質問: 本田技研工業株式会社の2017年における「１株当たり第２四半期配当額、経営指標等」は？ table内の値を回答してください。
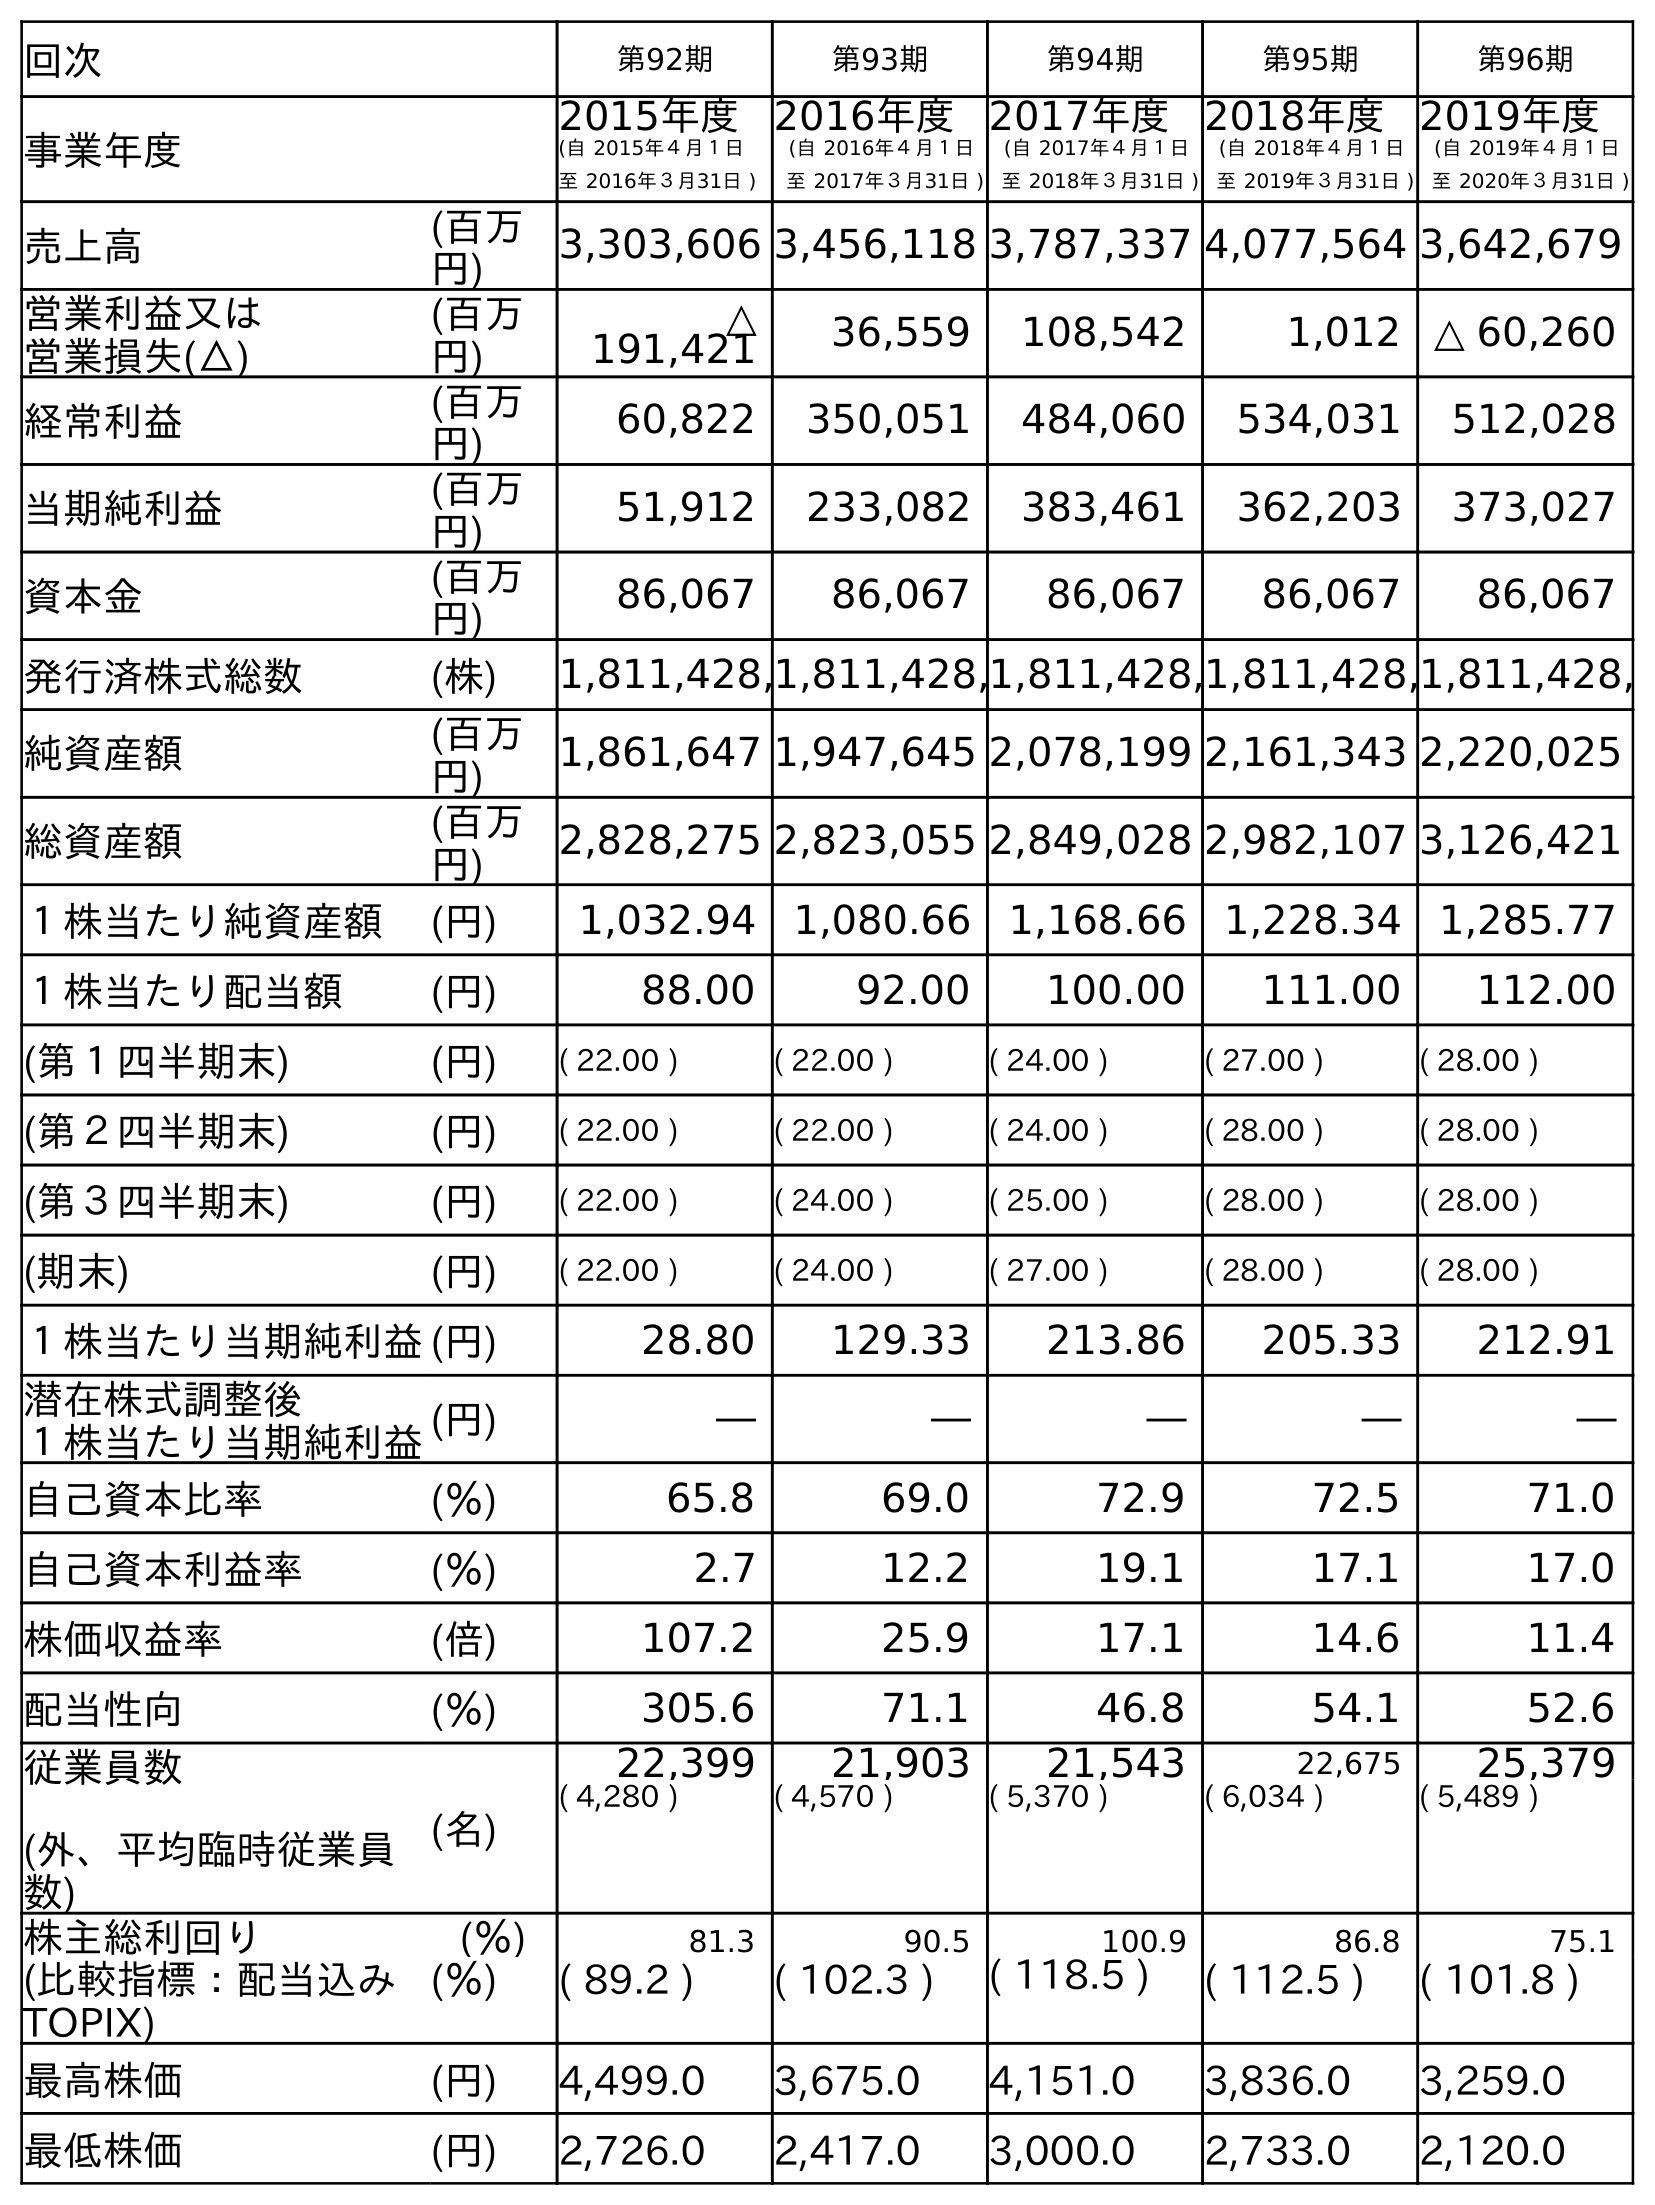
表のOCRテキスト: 回次 第92期 第93期 第94期 第95期 第96期 事業年度 2015年度 (自 2015年４月１日 至 2016年３月31日 ) 2016年度 (自 2016年４月１日 至 2017年３月31日 ) 2017年度 (自 2017年４月１日 至 2018年３月31日 ) 2018年度 (自 2018年４月１日 至 2019年３月31日 ) 2019年度 (自 2019年４月１日 至 2020年３月31日 ) 売上高 (百万 円) 3,303,606 3,456,118 3,787,337 4,077,564 3,642,679 営業利益又は 営業損失(△) (百万 円) △ 191,421 36,559 108,542 1,012 △ 60,260 経常利益 (百万 円) 60,822 350,051 484,060 534,031 512,028 当期純利益 (百万 円) 51,912 233,082 383,461 362,203 373,027 資本金 (百万 円) 86,067 86,067 86,067 86,067 86,067 発行済株式総数 (株) 1,811,428,1,811,428,1,811,428,1,811,428,1,811,428, 純資産額 (百万 円) 1,861,647 1,947,645 2,078,199 2,161,343 2,220,025 総資産額 (百万 円) 2,828,275 2,823,055 2,849,028 2,982,107 3,126,421 １株当たり純資産額 (円) 1,032.94 1,080.66 1,168.66 1,228.34 1,285.77 １株当たり配当額 (円) 88.00 92.00 100.00 111.00 112.00 (第１四半期末) (円) ( 22.00 ) ( 22.00 ) ( 24.00 ) ( 27.00 ) ( 28.00 ) (第２四半期末) (円) ( 22.00 ) ( 22.00 ) ( 24.00 ) ( 28.00 ) ( 28.00 ) (第３四半期末) (円) ( 22.00 ) ( 24.00 ) ( 25.00 ) ( 28.00 ) ( 28.00 ) (期末) (円) ( 22.00 ) ( 24.00 ) ( 27.00 ) ( 28.00 ) ( 28.00 ) １株当たり当期純利益(円) 28.80 129.33 213.86 205.33 212.91 潜在株式調整後 １株当たり当期純利益(円) ― ― ― ― ― 自己資本比率 (％) 65.8 69.0 72.9 72.5 71.0 自己資本利益率 (％) 2.7 12.2 19.1 17.1 17.0 株価収益率 (倍) 107.2 25.9 17.1 14.6 11.4 配当性向 (％) 305.6 71.1 46.8 54.1 52.6 従業員数 (外、平均臨時従業員 数) (名) 22,399 21,903 21,543 22,675 25,379 ( 4,280 ) ( 4,570 ) ( 5,370 ) ( 6,034 ) ( 5,489 ) 株主総利回り (％) 81.3 90.5 100.9 86.8 75.1 (比較指標：配当込み TOPIX) (％) ( 89.2 ) ( 102.3 ) ( 118.5 ) ( 112.5 ) ( 101.8 ) 最高株価 (円) 4,499.0 3,675.0 4,151.0 3,836.0 3,259.0 最低株価 (円) 2,726.0 2,417.0 3,000.0 2,733.0 2,120.0
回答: (22.00)